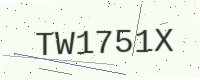
Text: TW1751X